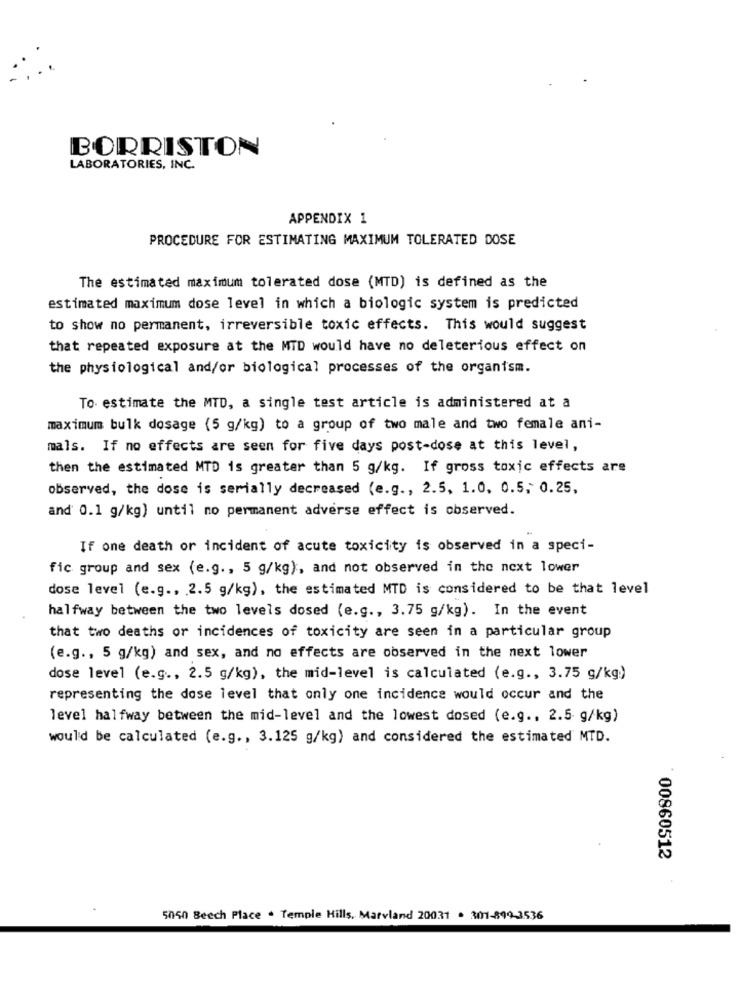
BORRISTON
LABORATORIES, INC.
APPENDIX 1
PROCEDURE FOR ESTIMATING MAXIMUM TOLERATED DOSE
The estimated maximum tolerated dose (MTD) is defined as the
estimated maximum dose level in which a biologic system is predicted
to show no permanent, irreversible toxic effects. This would suggest
that repeated exposure at the MTD would have no deleterious effect on
the physiological and/or biological processes of the organism.
To estimate the MTD, a single test article is administered at a
maximum bulk dosage {5 g/kg) to a group of two male and two female ani-
mals. If no effects are seen for five days post-dose at this level,
then the estimated MTD is greater than 5 g/kg. If gross toxic effects are
observed, the dose is serially decreased (e.g ., 2.5, 1.0, 0.5, 0.25,
and 0.1 g/kg) until no permanent adverse effect is observed.
If one death or incident of acute toxicity is observed in a speci-
fic group and sex (e.g ., 5 g/kg), and not observed in the next lower
dose level (e.g ., 2.5 g/kg), the estimated MTD is considered to be that level
halfway between the two levels dosed (e.g ., 3.75 g/kg). In the event
that two deaths or incidences of toxicity are seen in a particular group
(e.g ., 5 g/kg) and sex, and no effects are observed in the next lower
dose level (e.g ., 2.5 g/kg), the mid-level is calculated (e.g ., 3.75 g/kg)
representing the dose level that only one incidence would occur and the
level halfway between the mid-level and the lowest dosed (e.g ., 2.5 g/kg)
would be calculated (e.g ., 3.125 g/kg) and considered the estimated MTD.
00860512
5050 Beech Place . Temple Hills, Marvland 20031 . 301-899-3536